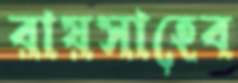
রায়সাহেব